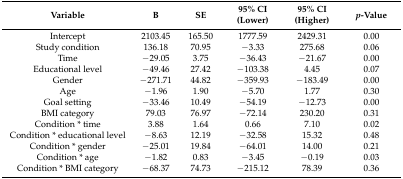
| Variable | B | SE | 95% CI (Lower) | 95% CI (Higher) | p-Value |
 | --- | --- | --- | --- | --- | --- |
 | Intercept | 2103.45 | 165.50 | 1777.59 | 2429.31 | 0.00 |
 | Study condition | 136.18 | 70.95 | −3.33 | 275.68 | 0.06 |
 | Time | −29.05 | 3.75 | −36.43 | −21.67 | 0.00 |
 | Educational level | −49.46 | 27.42 | −103.38 | 4.45 | 0.07 |
 | Gender | −271.71 | 44.82 | −359.93 | −183.49 | 0.00 |
 | Age | −1.96 | 1.90 | −5.70 | 1.77 | 0.30 |
 | Goal setting | −33.46 | 10.49 | −54.19 | −12.73 | 0.00 |
 | BMI category | 79.03 | 76.97 | −72.14 | 230.20 | 0.31 |
 | Condition * time | 3.88 | 1.64 | 0.66 | 7.10 | 0.02 |
 | Condition * educational level | −8.63 | 12.19 | −32.58 | 15.32 | 0.48 |
 | Condition * gender | −25.01 | 19.84 | −64.01 | 14.00 | 0.21 |
 | Condition * age | −1.82 | 0.83 | −3.45 | −0.19 | 0.03 |
 | Condition * BMI category | −68.37 | 74.73 | −215.12 | 78.39 | 0.36 |